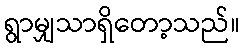
ရွာမျှသာရှိတော့သည်။